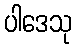
ပါဒေသု